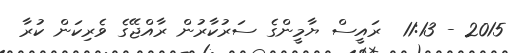
2015 - 11:13  ރައީސް ޔާމީންގެ ސަރުކާރުން ރާއްޖޭގެ ވެރިކަން ކުރާ